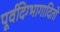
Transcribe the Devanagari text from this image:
पूर्वदिग्भागादितो